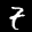
Label: 7